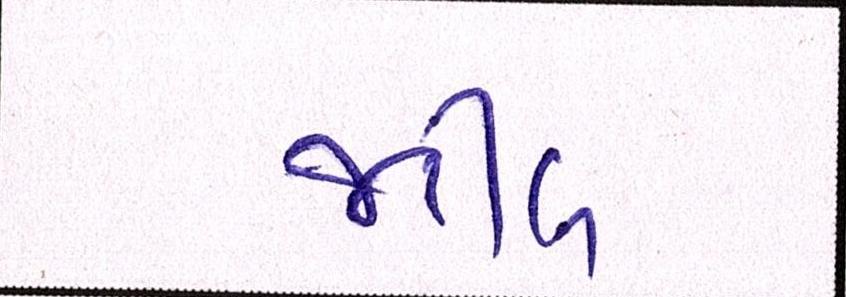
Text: જટીલ